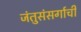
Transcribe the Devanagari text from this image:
जंतुसंसर्गाची